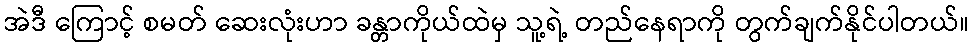
အဲဒီ ကြောင့် စမတ် ဆေးလုံးဟာ ခန္တာကိုယ်ထဲမှ သူ့ရဲ့ တည်နေရာကို တွက်ချက်နိုင်ပါတယ်။